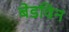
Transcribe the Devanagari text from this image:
बेडविन